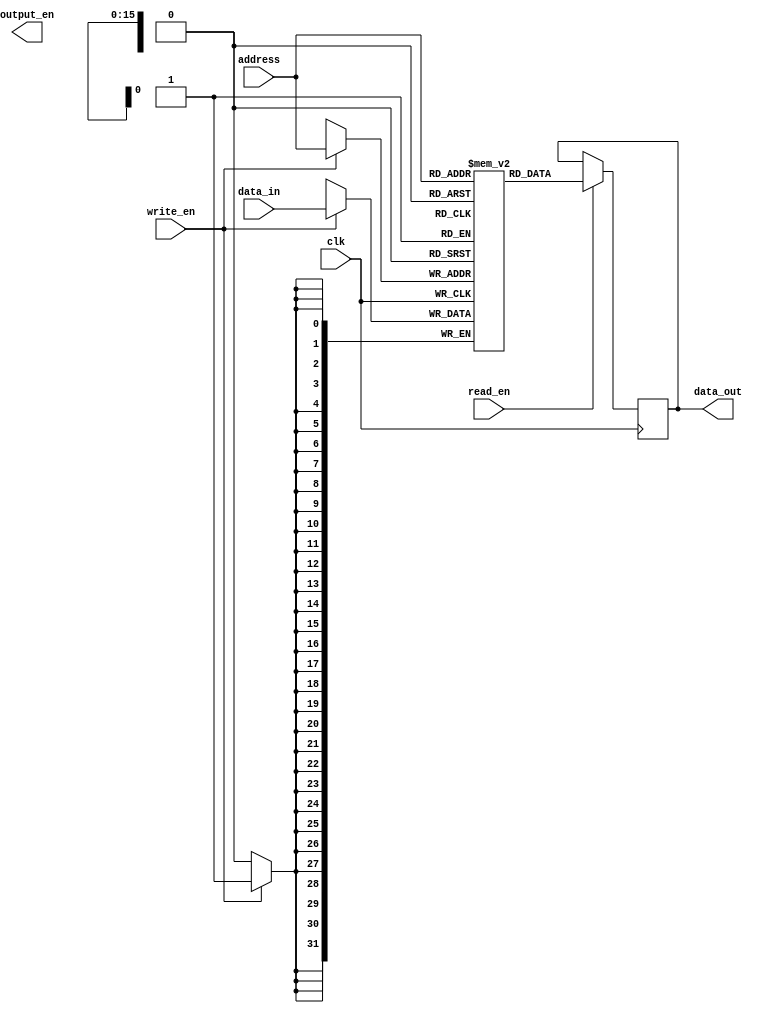
module Memory_Block_QDR_SRAM (
    input wire clk,
    input wire [15:0] address,
    input wire read_en,
    input wire write_en,
    input wire [31:0] data_in,
    output wire [31:0] data_out,
    output wire output_en
);

reg [31:0] memory [0:65535];

always @(posedge clk) begin
    if (read_en) begin
        data_out <= memory[address];
    end
    if (write_en) begin
        memory[address] <= data_in;
    end
end

endmodule